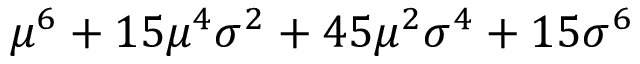
\mu ^ { 6 } + 1 5 \mu ^ { 4 } \sigma ^ { 2 } + 4 5 \mu ^ { 2 } \sigma ^ { 4 } + 1 5 \sigma ^ { 6 }